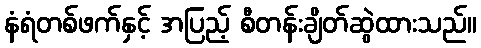
နံရံတစ်ဖက်နှင့် အပြည့် စီတန်းချိတ်ဆွဲထားသည်။